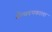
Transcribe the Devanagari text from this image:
सैन्यपथकाला